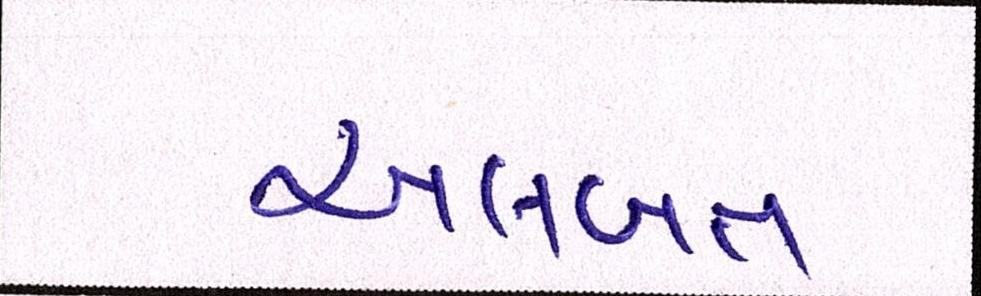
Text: અલબત્ત